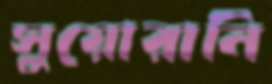
সুয়োরানি